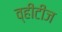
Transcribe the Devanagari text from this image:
व्हीटीज